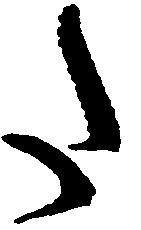
た